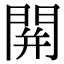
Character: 䦕